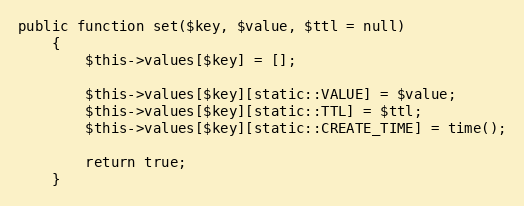
Language: PHP
public function set($key, $value, $ttl = null)
    {
        $this->values[$key] = [];

        $this->values[$key][static::VALUE] = $value;
        $this->values[$key][static::TTL] = $ttl;
        $this->values[$key][static::CREATE_TIME] = time();

        return true;
    }